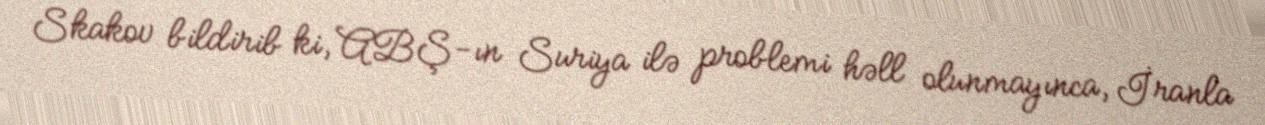
Skakov bildirib ki, ABŞ-ın Suriya ilə problemi həll olunmayınca, İranla